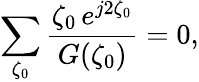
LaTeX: \sum_{\zeta_{0}}\frac{\zeta_{0}\, e^{j2\zeta_{0}}}{G(\zeta_{0})}=0,